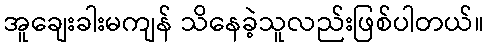
အူချေးခါးမကျန် သိနေခဲ့သူလည်းဖြစ်ပါတယ်။